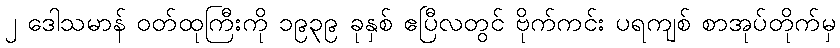
၂ ဒေါသမာန် ဝတ်ထုကြီးကို ၁၉၃၉ ခုနှစ် ဧပြီလတွင် ဗိုက်ကင်း ပရကျစ် စာအုပ်တိုက်မှ